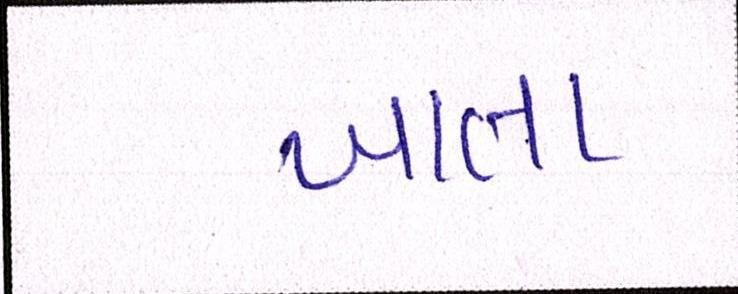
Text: ખાતા